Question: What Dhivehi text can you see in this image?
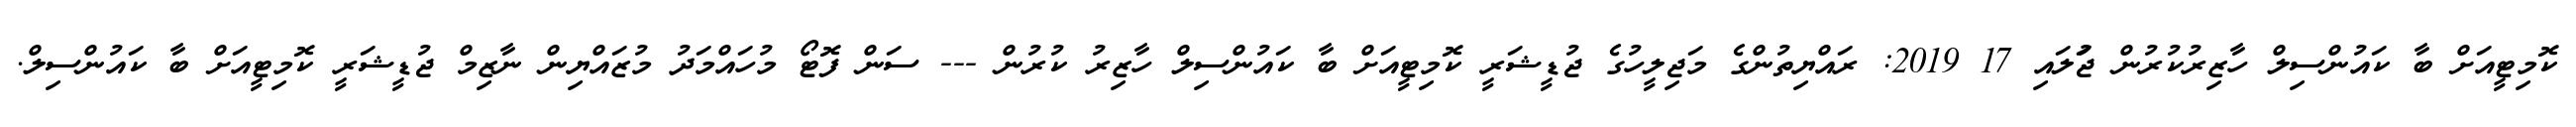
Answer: ކޮމިޓީއަށް ބާ ކައުންސިލް ހާޒިރުކުރުން ޖުަލައި 17 2019: ރައްޔިތުންގެ މަޖިލީހުގެ ޖުޑީޝަރީ ކޮމިޓީއަށް ބާ ކައުންސިލް ހާޒިރު ކުރުން --- ސަން ފޮޓޯ މުހައްމަދު މުޒައްޔިން ނާޒިމް ޖުޑީޝަރީ ކޮމިޓީއަށް ބާ ކައުންސިލް.